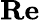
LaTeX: \mathbf{Re}